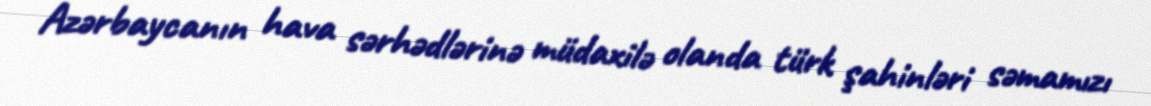
Azərbaycanın hava sərhədlərinə müdaxilə olanda türk şahinləri səmamızı